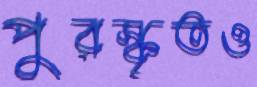
পুরস্কৃতও